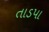
તાડપા